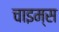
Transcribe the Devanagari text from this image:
चाइम्‍स